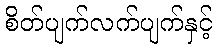
စိတ်ပျက်လက်ပျက်နှင့်